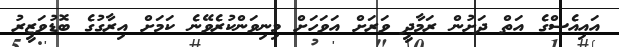
އައިއެސްގެ އަތް ދަށުން ރަމާދީ ވަރަށް އަވަހަށް މިނިވަންކުރެވޭނެ ކަމަށް އިރާގުގެ ބޮޑުވަޒީރު